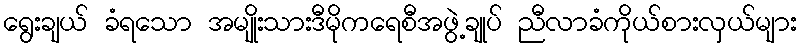
ရွေးချယ် ခံရသော အမျိုးသားဒီမိုကရေစီအဖွဲ့ချုပ် ညီလာခံကိုယ်စားလှယ်များ